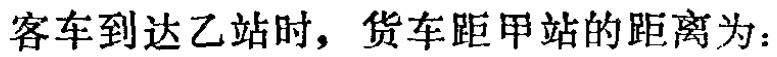
客车到达乙站时，货车距甲站的距离为：